Elephants and their diseases
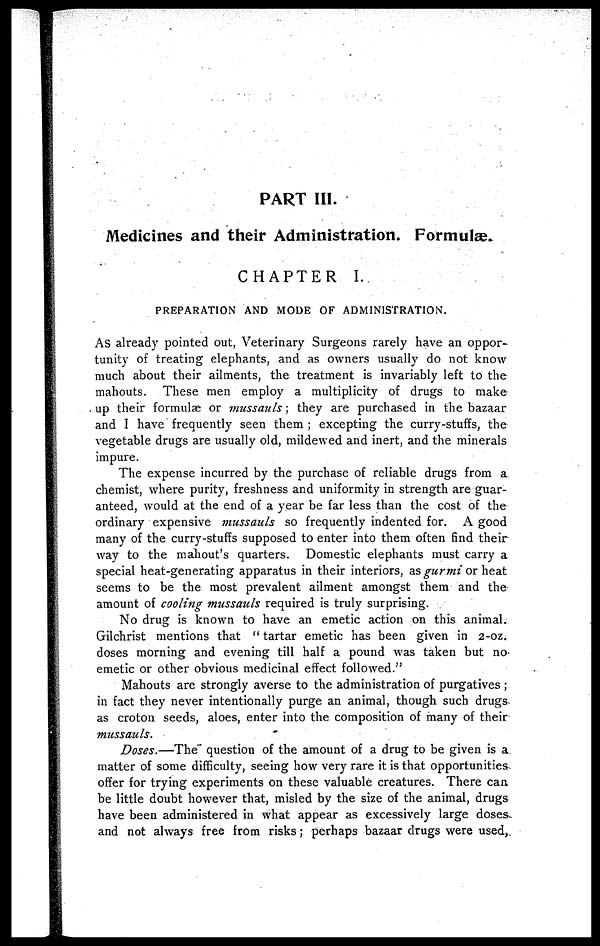
PART III.
Medicines and their Administration. Formulæ.
CHAPTER I.
PREPARATION AND MODE OF ADMINISTRATION.
As already pointed out, Veterinary Surgeons rarely have an oppor-
tunity of treating elephants, and as owners usually do not know
much about their ailments, the treatment is invariably left to the
mahouts. These men employ a multiplicity of drugs to make
up their formulae or mussauls ; they are purchased in the bazaar
and I have frequently seen them ; excepting the curry-stuffs, the
vegetable drugs are usually old, mildewed and inert, and the minerals
impure.
The expense incurred by the purchase of reliable drugs from a
chemist, where purity, freshness and uniformity in strength are guar-
anteed, would at the end of a year be far less than the cost of the
ordinary expensive mussauls so frequently indented for. A good
many of the curry-stuffs supposed to enter into them often find their
way to the mahout's quarters. Domestic elephants must carry a
special heat-generating apparatus in their interiors, as gurmi or heat
seems to be the most prevalent ailment amongst them and the
amount of cooling mussauls required is truly surprising.
No drug is known to have an emetic action on this animal.
Gilchrist mentions that " tartar emetic has been given in 2-oz.
doses morning and evening till half a pound was taken but no-
emetic or other obvious medicinal effect followed."
Mahouts are strongly averse to the administration of purgatives ;
in fact they never intentionally purge an animal, though such drugs
as croton seeds, aloes, enter into the composition of many of their
mussauls.
Doses.—The question of the amount of a drug to be given is a
matter of some difficulty, seeing how very rare it is that opportunities
offer for trying experiments on these valuable creatures. There can
be little doubt however that, misled by the size of the animal, drugs
have been administered in what appear as excessively large doses
and not always free from risks; perhaps bazaar drugs were used,